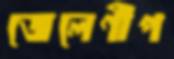
জেলেণীপ